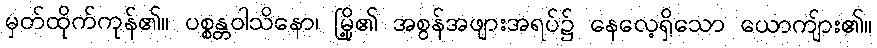
မှတ်ထိုက်ကုန်၏။ ပစ္စန္တဝါသိနော၊ မြို့၏ အစွန်အဖျားအရပ်၌ နေလေ့ရှိသော ယောကျ်ား၏။